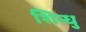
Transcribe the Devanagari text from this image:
शिन्धु